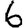
Digit: 6